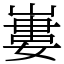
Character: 㟺